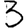
Digit: 3